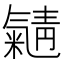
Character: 𱥭